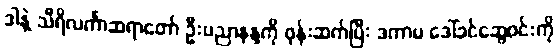
ဒါနဲ့ သီရိလင်္ကာဆရာတော် ဦးပညာနန္ဒကို ဖုန်းဆက်ပြီး ဒကာမ ဒေါ်ခင်ဆွေဝင်းကို